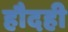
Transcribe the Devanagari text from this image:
हौदही